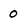
Character: 0